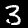
Digit: 3